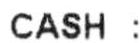
CASH :